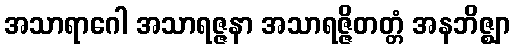
အသာရာဂေါ အသာရဇ္ဇနာ အသာရဇ္ဇိတတ္တံ အနဘိဇ္ဈာ